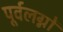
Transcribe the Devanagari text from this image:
पूर्वलग्नों